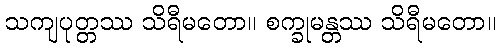
သကျပုတ္တဿ သိရီမတော။ စက္ခုမန္တဿ သိရီမတော။